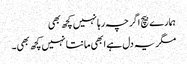
ہمارے بیچ اگرچہ رہا نہیں کچھ بھی
مگر یہ دل ہے ابھی مانتا نہیں کچھ بھی۔